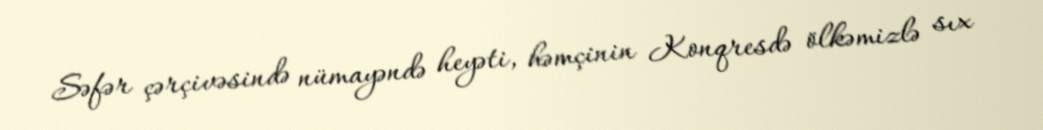
Səfər çərçivəsində nümayəndə heyəti, həmçinin Konqresdə ölkəmizlə sıx